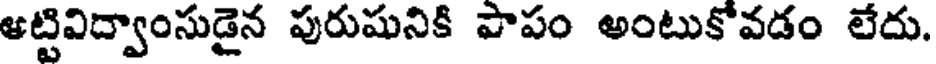
ఆట్టివిద్వాంసుడైన పురుషునికి పాపం అంటుకోవడం లేదు.